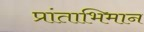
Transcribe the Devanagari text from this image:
प्रांताभिमान